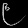
Digit: ၉